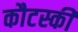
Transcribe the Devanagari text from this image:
कौटस्की